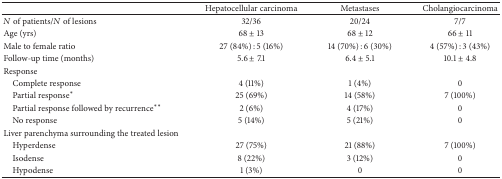
|  | Hepatocellular carcinoma | Metastases | Cholangiocarcinoma |
 | --- | --- | --- | --- |
 | N of patients/N of lesions | 32/36 | 20/24 | 7/7 |
 | Age (yrs) | 68 ± 13 | 68 ± 12 | 66 ± 11 |
 | Male to female ratio | 27 (84%) : 5 (16%) | 14 (70%) : 6 (30%) | 4 (57%) : 3 (43%) |
 | Follow-up time (months) | 5.6 ± 7.1 | 6.4 ± 5.1 | 10.1 ± 4.8 |
 | Response |  |  |  |
 | Complete response | 4 (11%) | 1 (4%) | 0 |
 | Partial response∗ | 25 (69%) | 14 (58%) | 7 (100%) |
 | Partial response followed by recurrence∗∗ | 2 (6%) | 4 (17%) | 0 |
 | No response | 5 (14%) | 5 (21%) | 0 |
 | Liver parenchyma surrounding the treated lesion |  |  |  |
 | Hyperdense | 27 (75%) | 21 (88%) | 7 (100%) |
 | Isodense | 8 (22%) | 3 (12%) | 0 |
 | Hypodense | 1 (3%) | 0 | 0 |